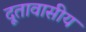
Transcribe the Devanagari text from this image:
दूतावासीय